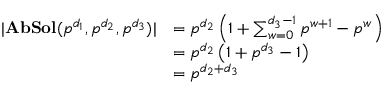
\begin{array} { r l } { | \mathbf { A b S o l } ( p ^ { d _ { 1 } } , p ^ { d _ { 2 } } , p ^ { d _ { 3 } } ) | } & { = p ^ { d _ { 2 } } \left( 1 + \sum _ { w = 0 } ^ { d _ { 3 } - 1 } p ^ { w + 1 } - p ^ { w } \right) } \\ & { = p ^ { d _ { 2 } } \left( 1 + p ^ { d _ { 3 } } - 1 \right) } \\ & { = p ^ { d _ { 2 } + d _ { 3 } } } \end{array}